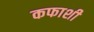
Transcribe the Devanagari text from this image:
कफाशी